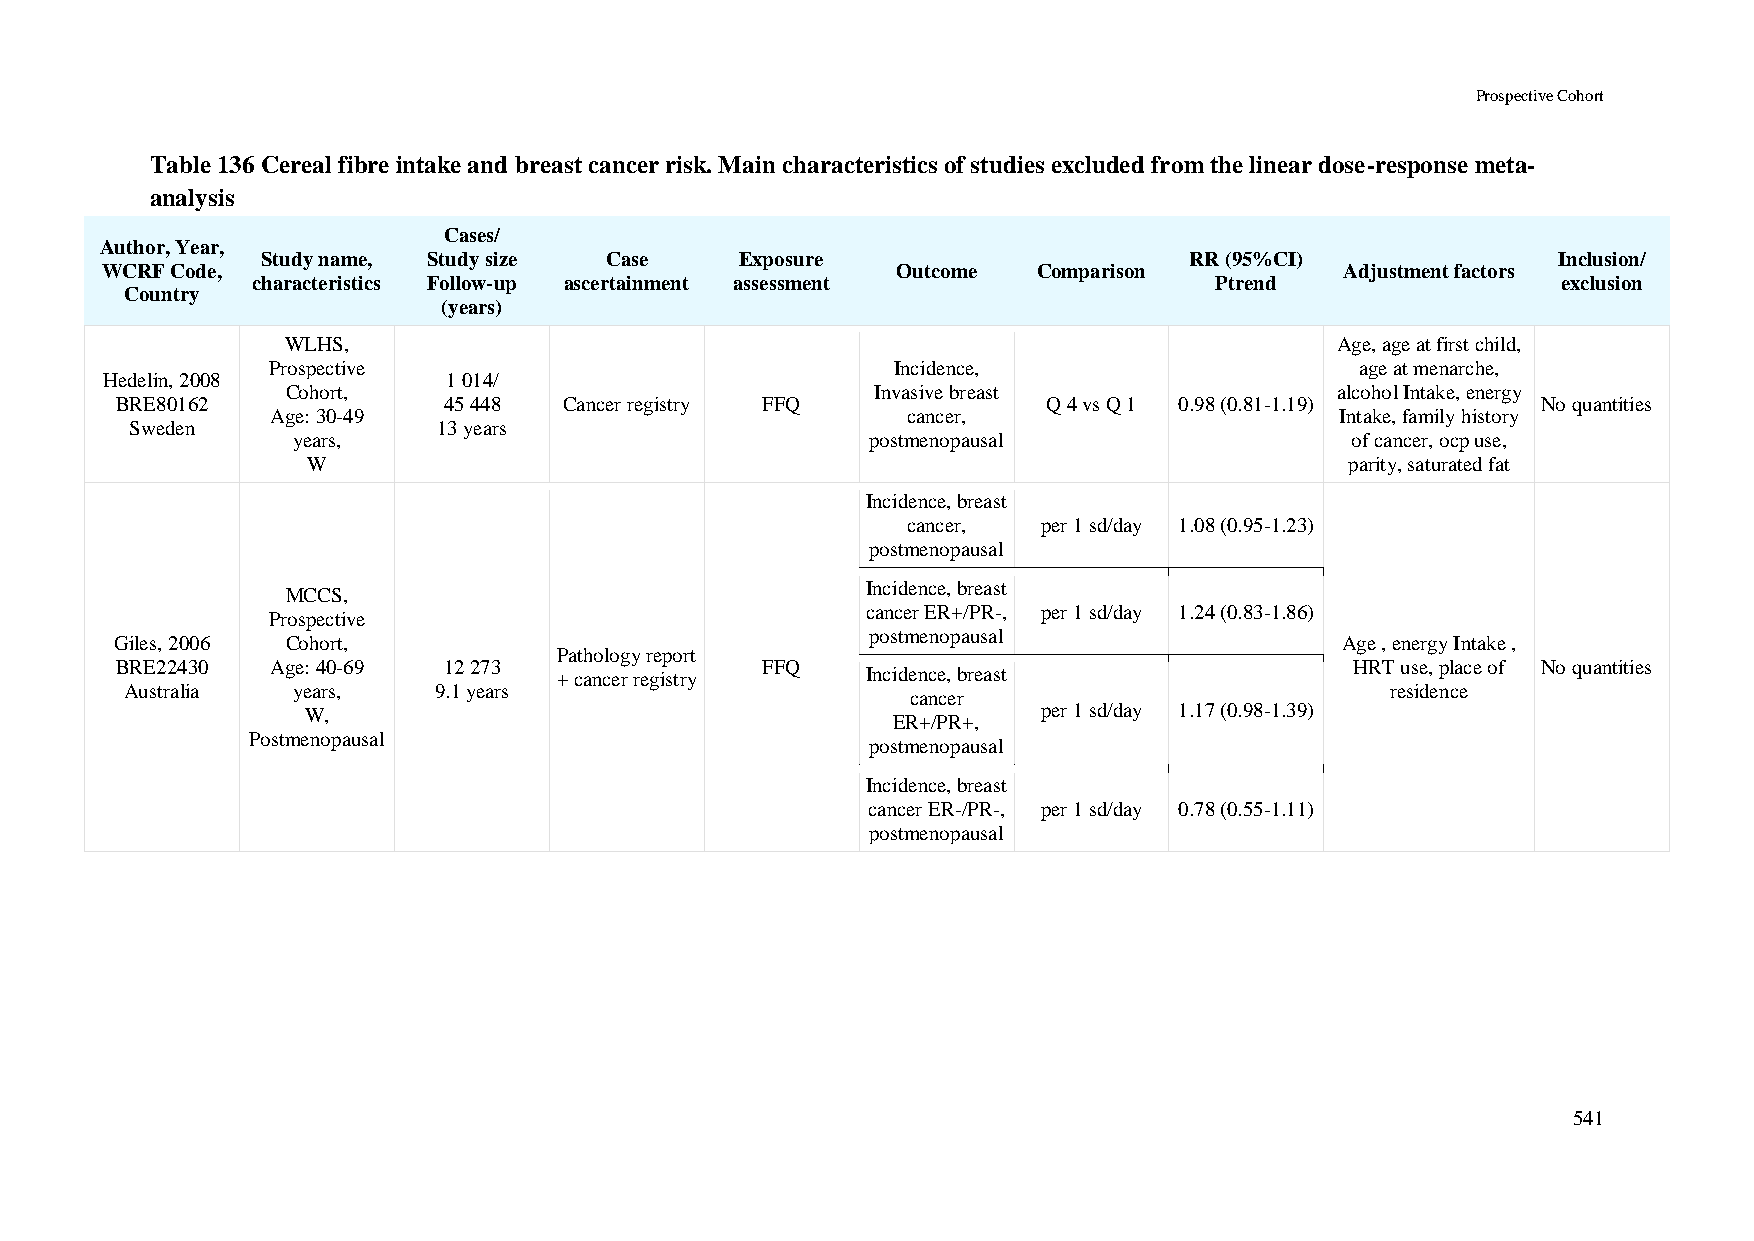
Prospective Cohort
 Table 136 Cereal fibre intake and breast cancer risk. Main characteristics of studies excluded from the linear dose-response meta-
 analysis
 Cases/
 Author, Year,
 Study name, Study size Case     Exposure                      RR (95%CI)              Inclusion/
 WCRF Code,                                          Outcome   Comparison          Adjustment factors
 characteristics Follow-up ascertainment assessment             Ptrend                 exclusion
 Country
 (years)
 WLHS,                                                                Age, age at first child,
 Prospective                              Incidence,                     age at menarche,
 Hedelin, 2008          1 014/
 Cohort,                                Invasive breast               alcohol Intake, energy
 BRE80162             45 448  Cancer registry FFQ             Q 4 vs Q 1 0.98 (0.81-1.19)      No quantities
 Age: 30-49                                cancer,                      Intake, family history
 Sweden              13 years
 years,                                 postmenopausal                 of cancer, ocp use,
 W                                                                    parity, saturated fat
 Incidence, breast
 cancer,  per 1 sd/day 1.08 (0.95-1.23)
 postmenopausal
 Incidence, breast
 MCCS,
 cancer ER+/PR-, per 1 sd/day 1.24 (0.83-1.86)
 Prospective
 postmenopausal
 Giles, 2006 Cohort,                                                              Age , energy Intake ,
 Pathology report
 BRE22430  Age: 40-69 12 273               FFQ                                     HRT use, place of No quantities
 + cancer registry   Incidence, breast
 Australia  years,    9.1 years                                                      residence
 cancer
 W,                                               per 1 sd/day 1.17 (0.98-1.39)
 ER+/PR+,
 Postmenopausal
 postmenopausal
 Incidence, breast
 cancer ER-/PR-, per 1 sd/day 0.78 (0.55-1.11)
 postmenopausal
 541